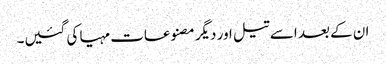
ان کے بعد اسے تیل اور دیگر مصنوعات مہیا کی گئیں۔